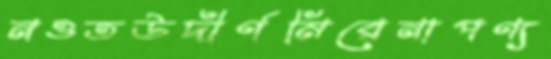
নওতউদীর্ণমিরেনাপণ্য